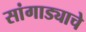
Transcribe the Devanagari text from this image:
सांगाड्याचे